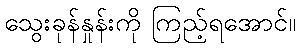
သွေးခုန်နှုန်းကို ကြည့်ရအောင်။